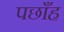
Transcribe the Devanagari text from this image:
पछाँह